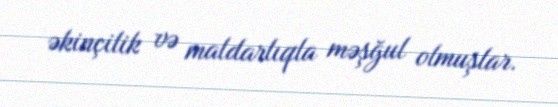
əkinçilik və maldarlıqla məşğul olmuşlar.